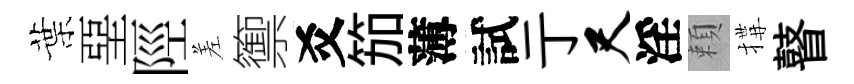
葉堊陘差籞爻笳薄試亍尺淫頼搆瞽